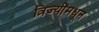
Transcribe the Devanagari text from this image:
त्रिज्यींमधून